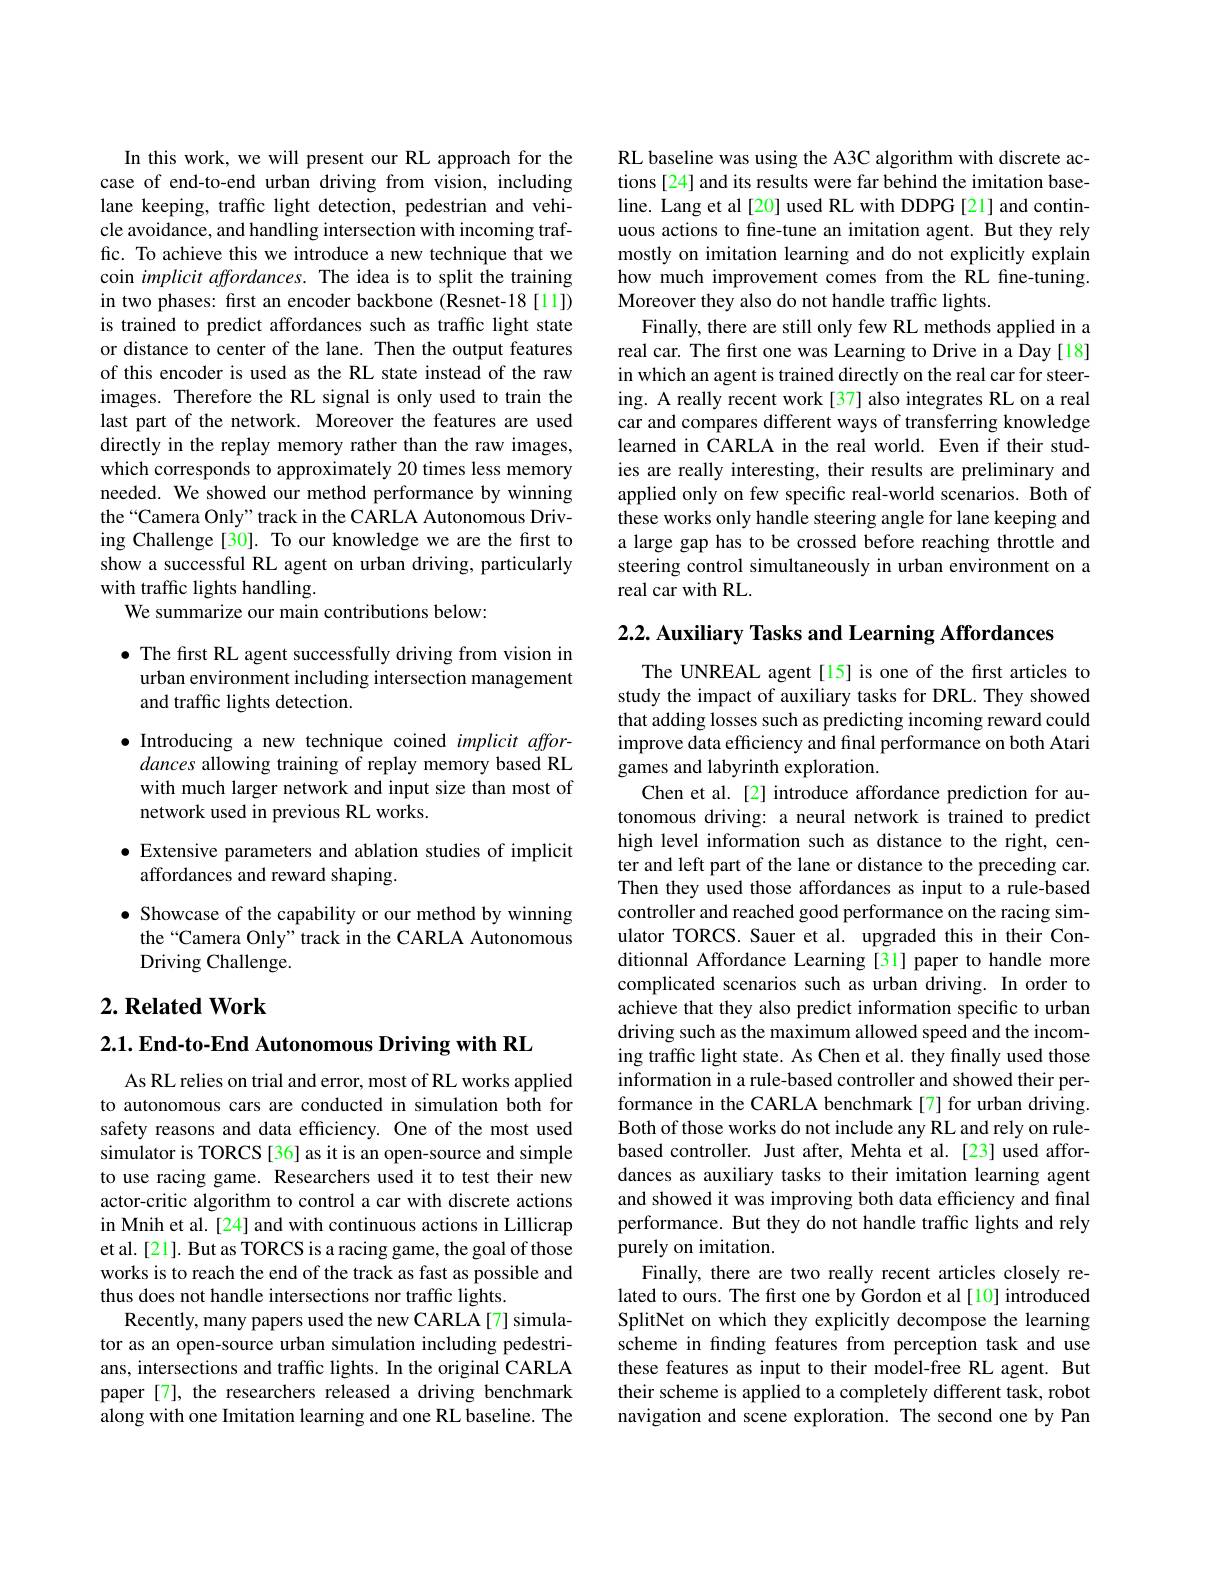
In this work, we will present our RL approach for the case of end-to-end urban driving from vision, including lane keeping, traffic light detection, pedestrian and vehicle avoidance, and handling intersection with incoming traffic. To achieve this we introduce a new technique that we coin implicit affordances. The idea is to split the training in two phases: first an encoder backbone (Resnet-18[11]) is trained to predict affordances such as traffic light state or distance to center of the lane. Then the output features of this encoder is used as the RL state instead of the raw images. Therefore the RL signal is only used to train the last part of the network. Moreover the features are used directly in the replay memory rather than the raw images, which corresponds to approximately 20 times less memory needed. We showed our method performance by winning the“Camera Only”track in the CARLA Autonomous Driving Challenge[30]. To our knowledge we are the first to show a successful RL agent on urban driving, particularly with traffic lights handling.
We summarize our main contributions below:

$\bullet$ The first RL agent successfully driving from vision in
urban environment including intersection management
and traffic lights detection.

$\bullet$ Introducing a new technique coined implicit affor-
dances allowing training of replay memory based RL with much larger network and input size than most of network used in previous RL works.
$\bullet$ Extensive parameters and ablation studies of implicit

affordances and reward shaping.
$\bullet$ Showcase of the capability or our method by winning
the“Camera Only” track in the CARLA Autonomous
Driving Challenge.

## $2. \textbf{Related Work}$

2.1. End-to-End Autonomous Driving with RL

As RL relies on trial and error, most of RL works applied to autonomous cars are conducted in simulation both for safety reasons and data efficiency. One of the most used simulator is TORCS [36] as it is an open-source and simple to use racing game. Researchers used it to test their new actor-critic algorithm to control a car with discrete actions in Mnih et al.[24] and with continuous actions in Lillicrap et al.[21]. But as TORCS is a racing game, the goal of those works is to reach the end of the track as fast as possible and thus does not handle intersections nor traffic lights.
Recently, many papers used the new CARLA[7] simulator as an open-source urban simulation including pedestrians, intersections and traffic lights. In the original CARLA paper[7], the researchers released a driving benchmark along with one Imitation learning and one RL baseline. The

RL baseline was using the A3C algorithm with discrete actions [24] and its results were far behind the imitation baseline. Lang et al[20] used RL with DDPG [21] and continuous actions to fine-tune an imitation agent. But they rely mostly on imitation learning and do not explicitly explain how much improvement comes from the RL fine-tuning. Moreover they also do not handle traffic lights.
Finally, there are still only few RL methods applied in a real car. The first one was Learning to Drive in a Day [18] in which an agent is trained directly on the real car for steering. A really recent work [37] also integrates RL on a real car and compares different ways of transferring knowledge learned in CARLA in the real world. Even if their studies are really interesting, their results are preliminary and applied only on few specific real-world scenarios. Both of these works only handle steering angle for lane keeping and a large gap has to be crossed before reaching throttle and steering control simultaneously in urban environment on a real car with RL.

2.2. Auxiliary Tasks and Learning Affordances

The UNREAL agent[15] is one of the first articles to study the impact of auxiliary tasks for DRL. They showed that adding losses such as predicting incoming reward could improve data efficiency and final performance on both Atari games and labyrinth exploration.
Chen et al. [2] introduce affordance prediction for autonomous driving: a neural network is trained to predict high level information such as distance to the right, center and left part of the lane or distance to the preceding car. Then they used those affordances as input to a rule-based controller and reached good performance on the racing simulator TORCS. Sauer et al. upgraded this in their Conditionnal Affordance Learning [31] paper to handle more complicated scenarios such as urban driving. In order to achieve that they also predict information specific to urban driving such as the maximum allowed speed and the incoming traffic light state. As Chen et al. they finally used those information in a rule-based controller and showed their performance in the CARLA benchmark[7] for urban driving. Both of those works do not include any RL and rely on rulebased controller. Just after, Mehta et al. [23] used affordances as auxiliary tasks to their imitation learning agent and showed it was improving both data efficiency and final performance. But they do not handle traffic lights and rely purely on imitation.
Finally, there are two really recent articles closely related to ours. The first one by Gordon et al[10] introduced SplitNet on which they explicitly decompose the learning scheme in finding features from perception task and use these features as input to their model-free RL agent. But their scheme is applied to a completely different task, robot navigation and scene exploration. The second one by Pan